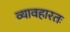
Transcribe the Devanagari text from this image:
व्यावहारतः